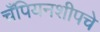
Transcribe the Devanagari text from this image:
चँपियनशीपचे